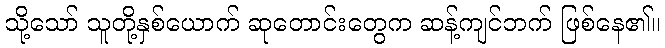
သို့သော် သူတို့နှစ်ယောက် ဆုတောင်းတွေက ဆန့်ကျင်ဘက် ဖြစ်နေ၏။